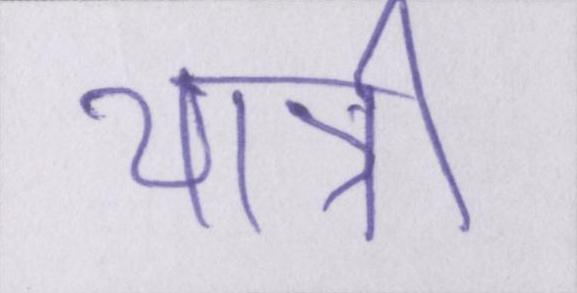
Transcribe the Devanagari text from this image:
यात्री